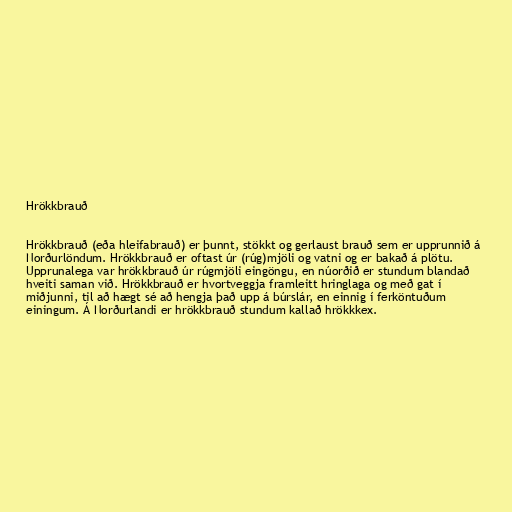
Hrökkbrauð

Hrökkbrauð (eða hleifabrauð) er þunnt, stökkt og gerlaust brauð sem er upprunnið á
Norðurlöndum. Hrökkbrauð er oftast úr (rúg)mjöli og vatni og er bakað á plötu.
Upprunalega var hrökkbrauð úr rúgmjöli eingöngu, en núorðið er stundum blandað
hveiti saman við. Hrökkbrauð er hvortveggja framleitt hringlaga og með gat í
miðjunni, til að hægt sé að hengja það upp á búrslár, en einnig í ferköntuðum
einingum. Á Norðurlandi er hrökkbrauð stundum kallað hrökkkex.